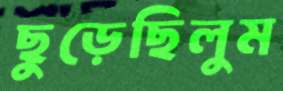
ছুড়েছিলুম